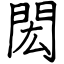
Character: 閎